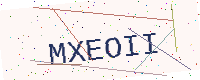
Text: MXEOII